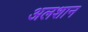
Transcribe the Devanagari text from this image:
अलशान